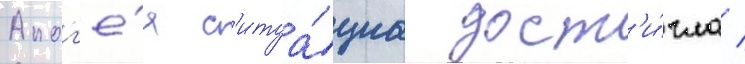
Апог'е́я с'итуа́циа дост'и́гла /